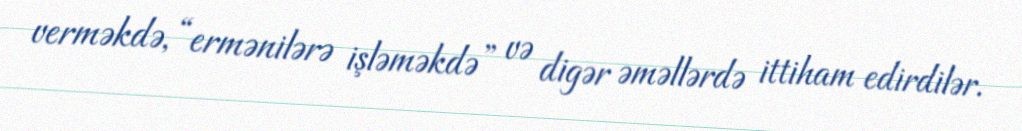
verməkdə, “ermənilərə işləməkdə” və digər əməllərdə ittiham edirdilər.